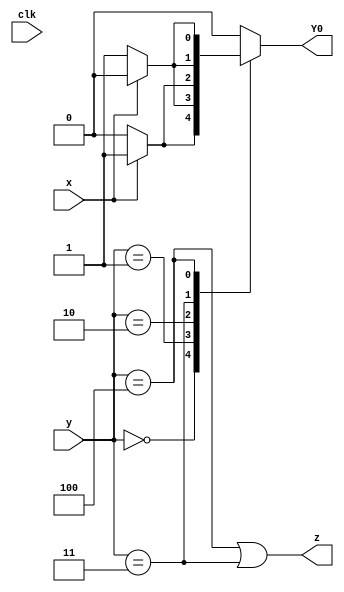
module top_module (
    input clk,
    input [2:0] y,
    input x,
    output Y0,
    output z
);
    
    
    reg [2:0] next_state;
    
    assign Y0 = next_state[0];
    /*
    always @(posedge clk) begin
        Y0 <= next_state[0];
    end*/
    
    always @(*)
        case(y)
            3'b000: if(x) next_state = 3'b001; else next_state = 3'b000;
            3'b001: if(x) next_state = 3'b100; else next_state = 3'b001;
            3'b010: if(x) next_state = 3'b001; else next_state = 3'b010;
            3'b011: if(x) next_state = 3'b010; else next_state = 3'b001;
            3'b100: if(x) next_state = 3'b100; else next_state = 3'b011;
            default: next_state = 3'b000;
        endcase
    
    assign z = (y==3'b100)|(y==3'b011);

endmodule